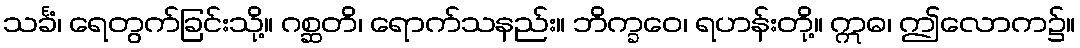
သင်္ခံ၊ ရေတွက်ခြင်းသို့။ ဂစ္ဆတိ၊ ရောက်သနည်း။ ဘိက္ခဝေ၊ ရဟန်းတို့။ ဣဓ၊ ဤလောက၌။